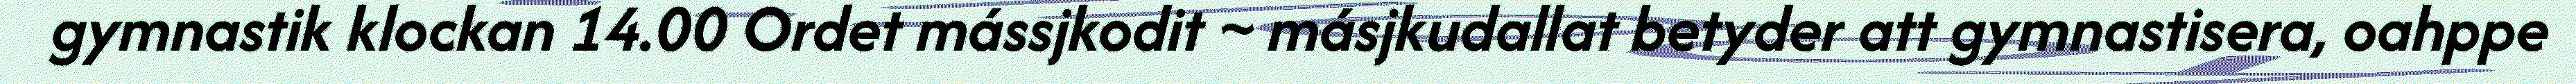
gymnastik klockan 14.00 Ordet mássjkodit ~ másjkudallat betyder att gymnastisera, oahppe